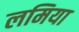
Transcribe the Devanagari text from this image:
लमिया